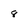
Character: 8